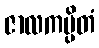
ဇာလကပ္ပိတံ